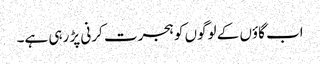
اب گاؤں کے لوگوں کو ہجرت کرنی پڑ رہی ہے۔